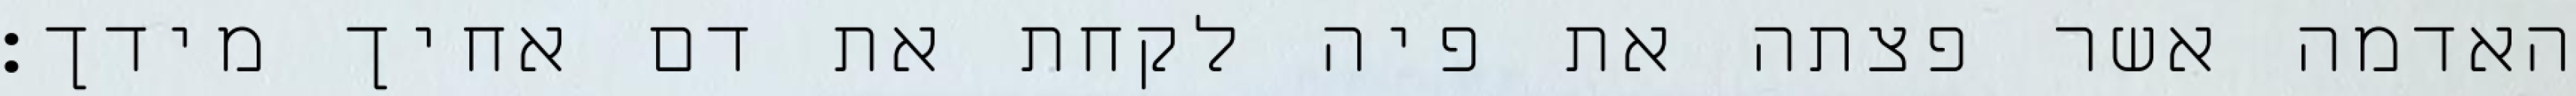
האדמה אשר פצתה את פיה לקחת את דם אחיך מידך׃